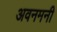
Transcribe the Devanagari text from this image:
अवनमनी